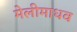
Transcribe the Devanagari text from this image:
मेलीमाधव